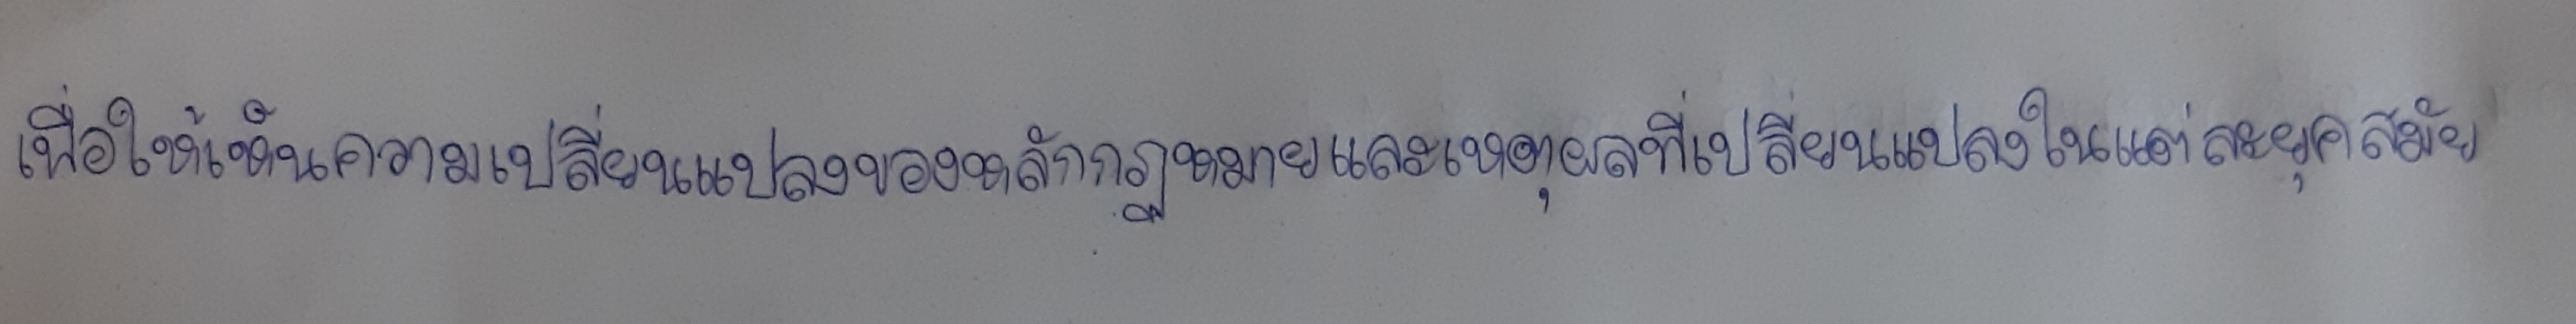
เพื่อให้เห็นความเปลี่ยนแปลงของหลักกฎหมายและเหตุผลที่เปลี่ยนแปลงในแต่ละยุคสมัย